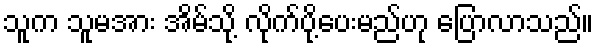
သူက သူမအား အိမ်သို့ လိုက်ပို့ပေးမည်ဟု ပြောလာသည်။